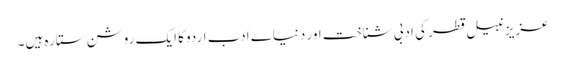
عزیز نبیل قطر کی ادبی شناخت اور دنیاے ادب اردو کا ایک روشن ستارہ ہیں۔